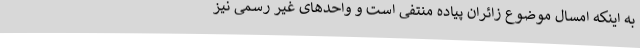
به اینکه امسال موضوع زائران پیاده منتفی است و واحدهای غیر رسمی نیز